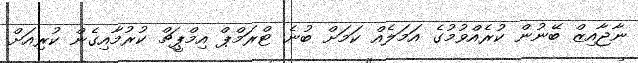
ނާޖާއިޒް ބޭނުން ކުރެއްވުމުގެ އަމަލެއް ކަމަށް ބުނެ ޓްރަމްޕް އިމްޕީޗް ކުރުމާއިގެން ކުރިއަށް